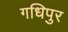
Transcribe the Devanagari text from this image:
गधिपुर